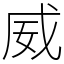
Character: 威